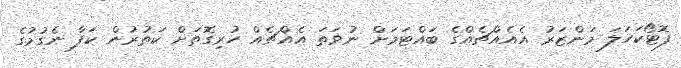
ފޮޓޯކަހަލަ މަންޒަރު އެއެއްޗެއްގެ ބައްޓަމަށް ނުވަތަ އެއްޗެއް ހުރިގޮތަށް ކަތުރުން ކަފާ ނެގުމުގެ